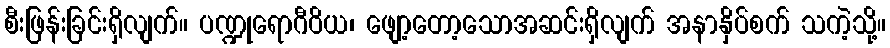
စီးဖြန်းခြင်းရှိလျက်။ ပဏ္ဍုရောဂီဝိယ၊ ဖျော့တော့သောအဆင်းရှိလျက် အနာနှိပ်စက် သကဲ့သို့။